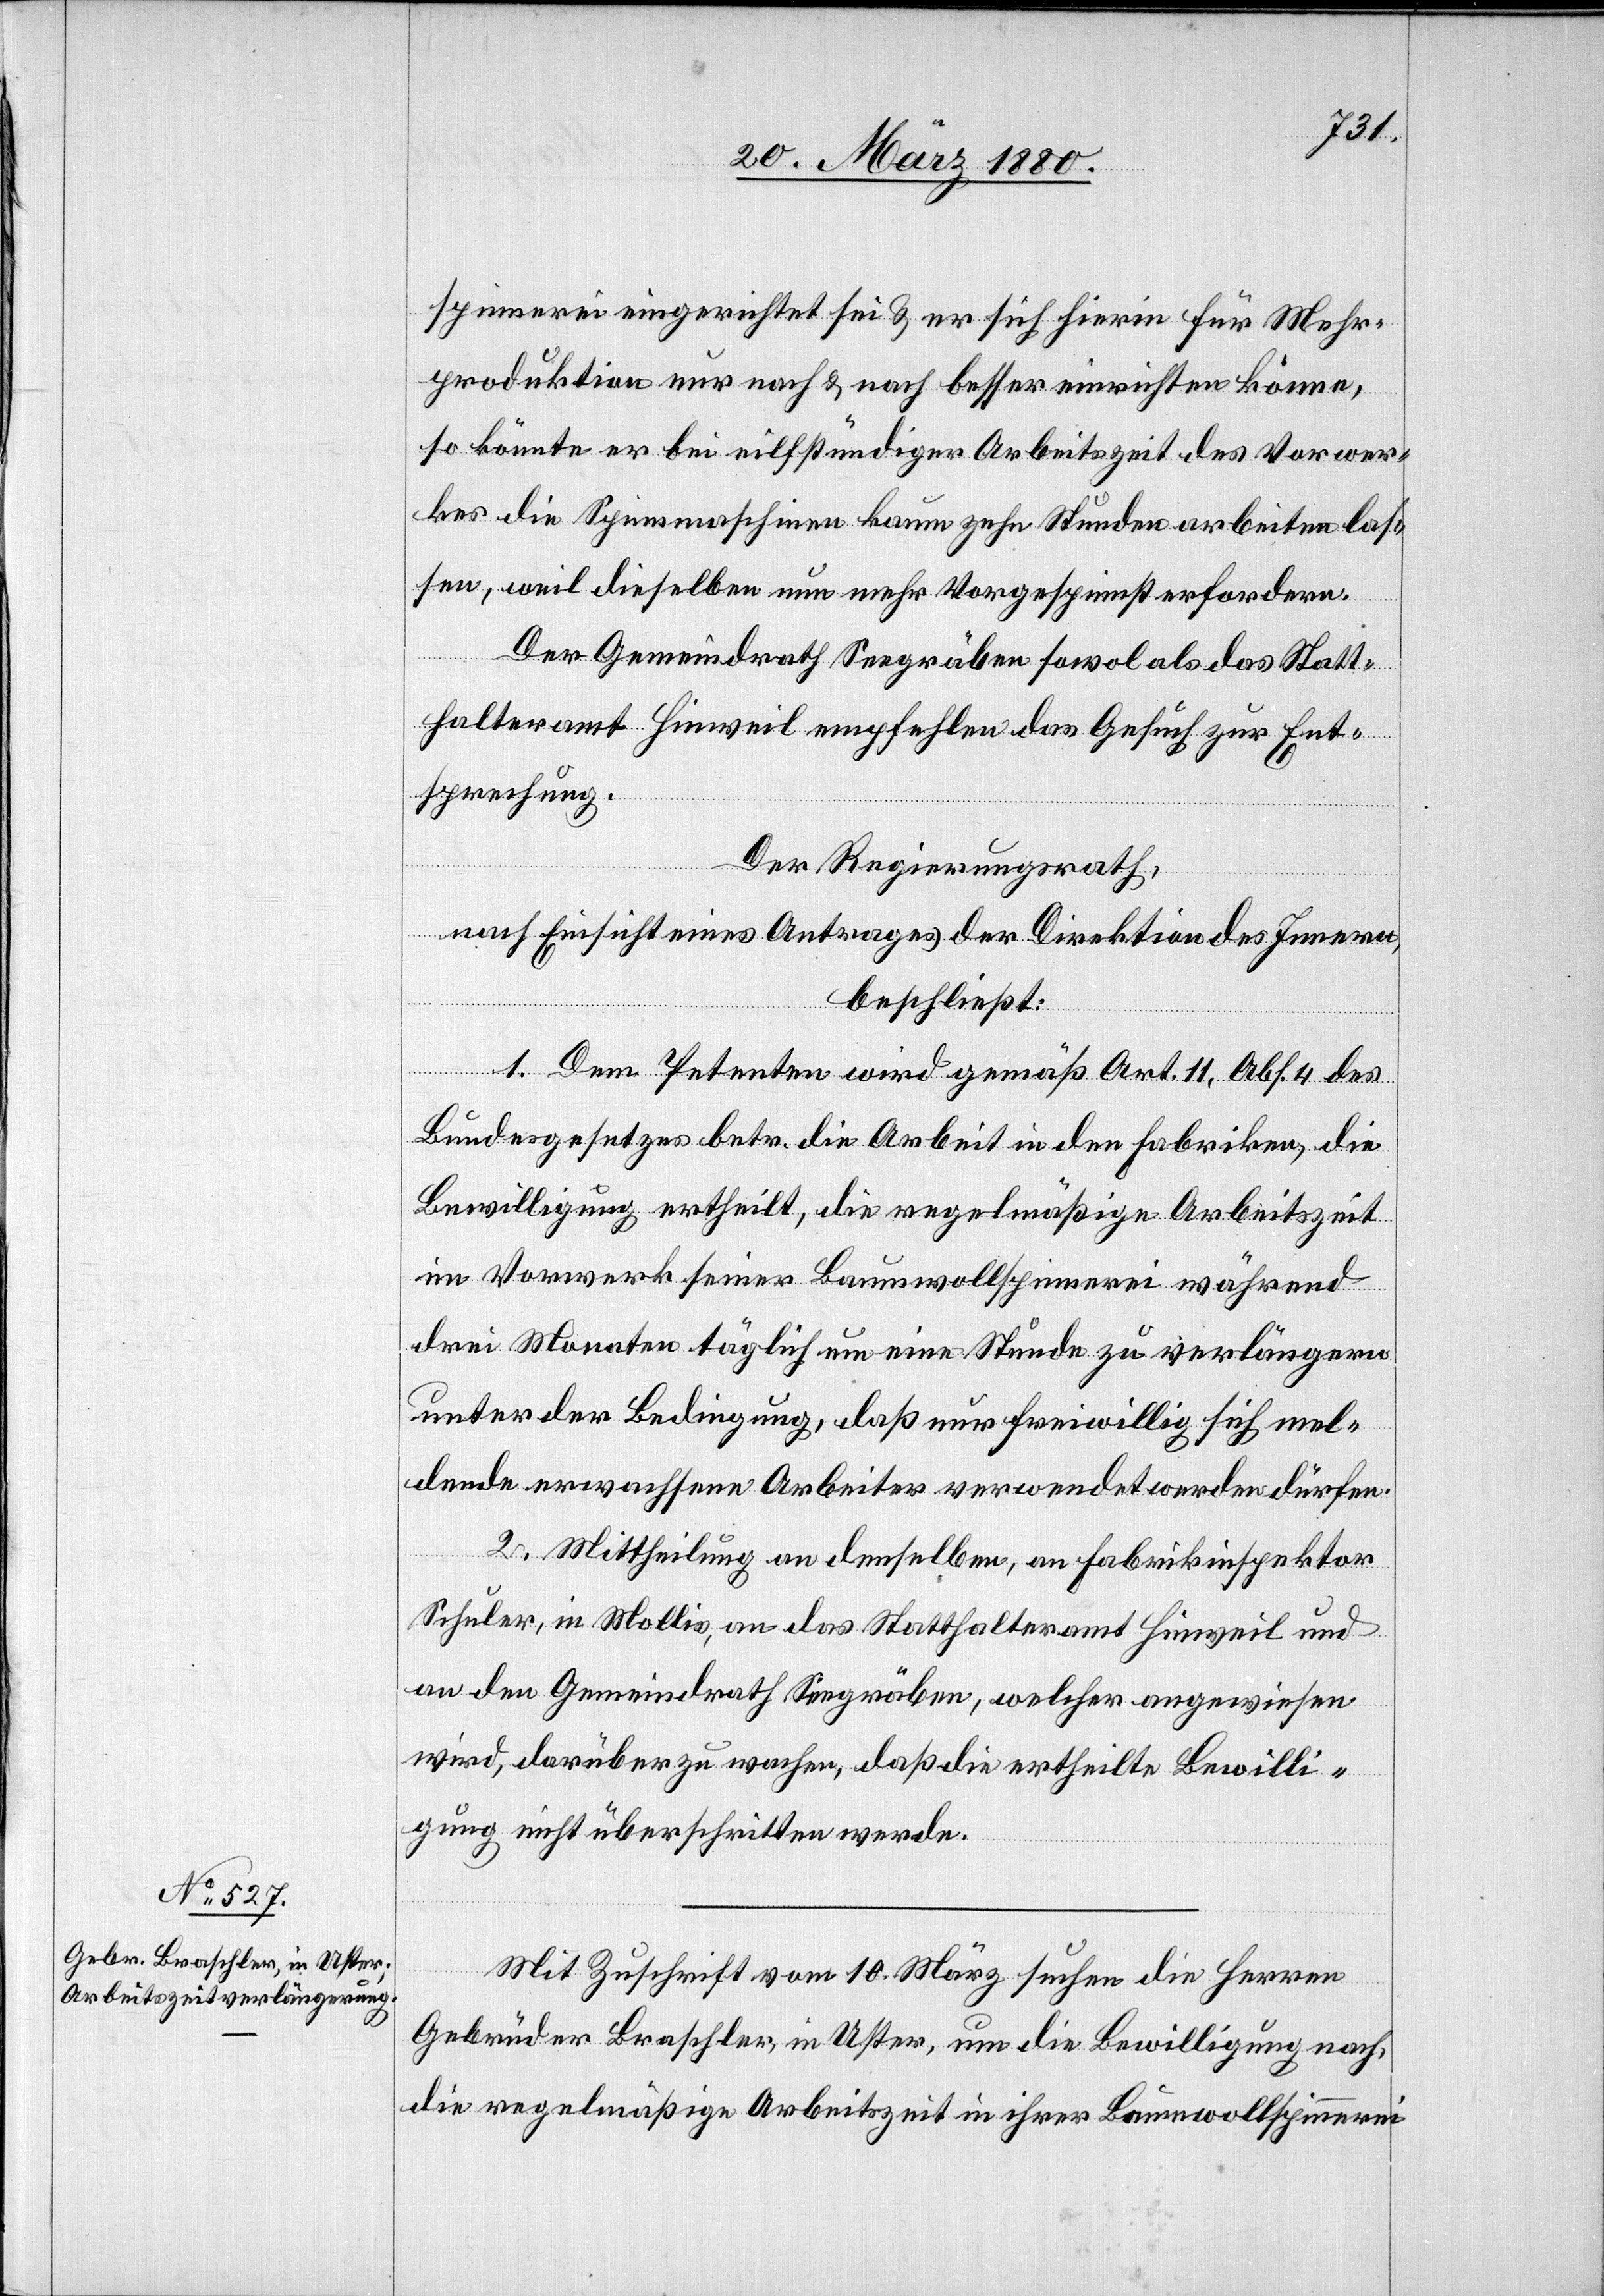
spinnerei eingerichtet sei & er sich hierin für Mehr¬
produktion nur nach & nach besser einrichten könne,
so könnte er bei eilfstündiger Arbeitszeit des Vorwer¬
kes die Spinnmaschinen kaum zehn Stunden arbeiten las¬
sen, weil dieselben nun mehr Vorgespinnst erfordern.
Der Gemeindrath Seegräben sowol als das Statt¬
halteramt Hinweil empfehlen das Gesuch zur Ent¬
sprechung.
Der Regierungsrath,
nach Einsicht eines Antrages der Direktion des Innern,
beschließt:
1. Dem Petenten wird gemäß Art. 11, Abs. 4 des
Bundesgesetzes betr. die Arbeit in den Fabriken die
Bewilligung ertheilt, die regelmäßige Arbeitszeit
im Vorwerk seiner Baumwollspinnerei während
drei Monaten täglich um eine Stunde zu verlängern
unter der Bedingung, daß nur freiwillig sich mel¬
dende erwachsene Arbeiter verwendet werden dürfen.
2. Mittheilung an denselben, an Fabrikinspektor
Schuler, in Mollis, an das Statthalteramt Hinweil und
an den Gemeindrath Seegräben, welcher angewiesen
wird, darüber zu wachen, daß die ertheilte Bewilli¬
gung nicht überschritten werde.
Mit Zuschrift vom 10. März suchen die Herren
Gebrüder Braschler, in Uster, um die Bewilligung nach,
die regelmäßige Arbeitszeit in ihrer Baumwollspinnerei